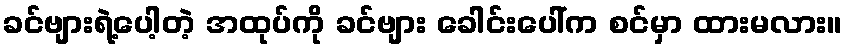
ခင်ဗျားရဲ့ပေါ့တဲ့ အထုပ်ကို ခင်ဗျား ခေါင်းပေါ်က စင်မှာ ထားမလား။